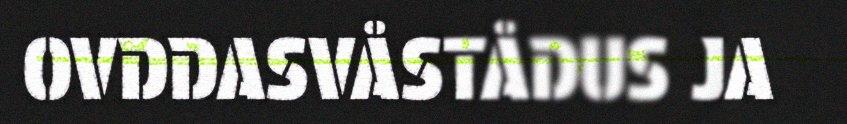
OVDDASVÅSTÅDUS JA